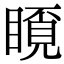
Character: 𥉿